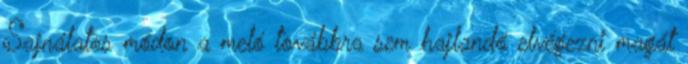
Sajnálatos módon a meló továbbra sem hajlandó elvégezni magát